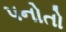
પનોતો